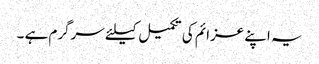
یہ اپنے عزائم کی تکمیل کیلئے سرگرم ہے ۔